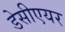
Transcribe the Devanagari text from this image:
डेसीएयर